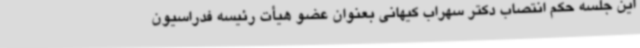
این جلسه حکم انتصاب دکتر سهراب کیهانی بعنوان عضو هیأت رئیسه فدراسیون